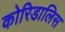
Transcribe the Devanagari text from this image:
कोरिडालिस